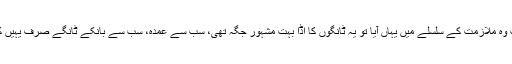
دو برس ہوئے جب وہ ملازمت کے سلسلے میں یہاں آیا تو یہ ٹانگوں کا اڈا بہت مشہور جگہ تھی، سب سے عمدہ، سب سے بانکے ٹانگے صرف یہیں کھڑے رہتے تھے۔